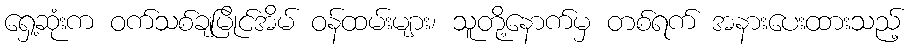
ရှေ့ဆုံးက ဝက်သစ်ချမြိုင်အိမ် ဝန်ထမ်းများ၊ သူတို့နောက်မှ တစ်ရက် အနားပေးထားသည့်